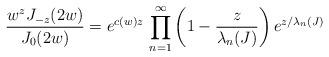
LaTeX: \begin{align*} \frac{w^{z}J_{-z}(2w)}{J_{0}(2w)} =e^{c(w)z}\,\prod_{n=1}^{\infty}\left(1-\frac{z}{\lambda_{n}(J)}\right) e^{z/\lambda_{n}(J)} \end{align*}